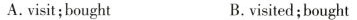
A.visit;bought B.visited;bought